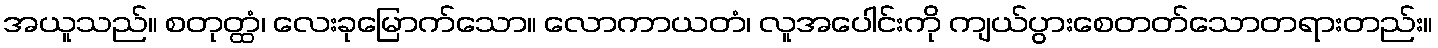
အယူသည်။ စတုတ္ထံ၊ လေးခုမြောက်သော။ လောကာယတံ၊ လူအပေါင်းကို ကျယ်ပွားစေတတ်သောတရားတည်း။